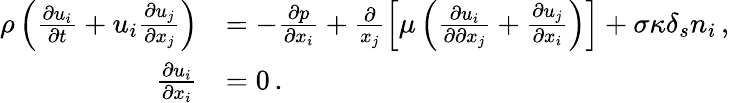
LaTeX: \begin{array}{rl}{\rho\left(\frac{\partial u_{i}}{\partial t}+u_{i}\frac{\partial u_{j}}{\partial x_{j}}\right)}&{=-\frac{\partial p}{\partial x_{i}}+\frac{\partial}{x_{j}}\left[\mu\left(\frac{\partial u_{i}}{\partial\partial x_{j}}+\frac{\partial u_{j}}{\partial x_{i}}\right)\right]+\sigma\kappa\delta_{s}n_{i}\, ,}\\ {\frac{\partial u_{i}}{\partial x_{i}}}&{=0\, .}\end{array}